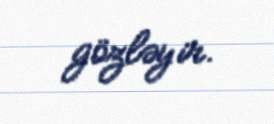
gözləyir.